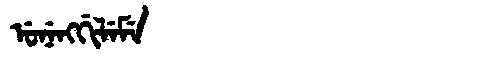
Manchu: ᡠᠨᡝᠩᡤᡳᠯᡝᠮᡝ
Romanization: UNENGGILEME